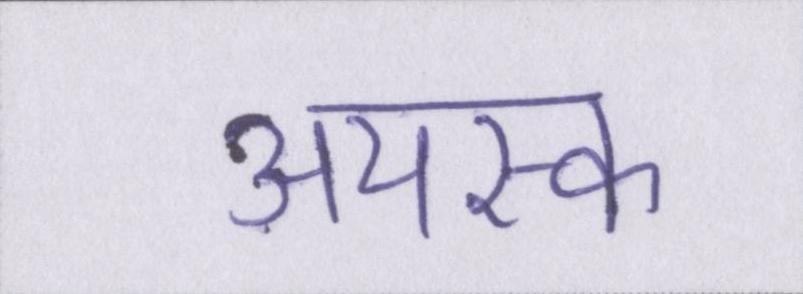
अयस्क